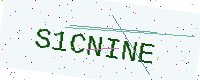
Text: S1CNINE